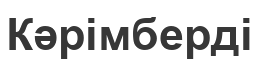
Кәрімберді